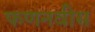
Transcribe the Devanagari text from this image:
फणनवीस